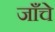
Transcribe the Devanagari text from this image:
जाँचे